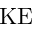
\mathrm { K E }